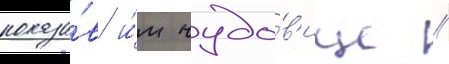
показа́в и́м чудо́в'ище //